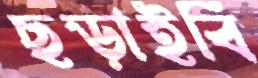
ছড়াইবি